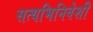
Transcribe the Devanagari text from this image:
सत्यभिनिवेशी